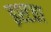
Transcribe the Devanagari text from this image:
इश्टता